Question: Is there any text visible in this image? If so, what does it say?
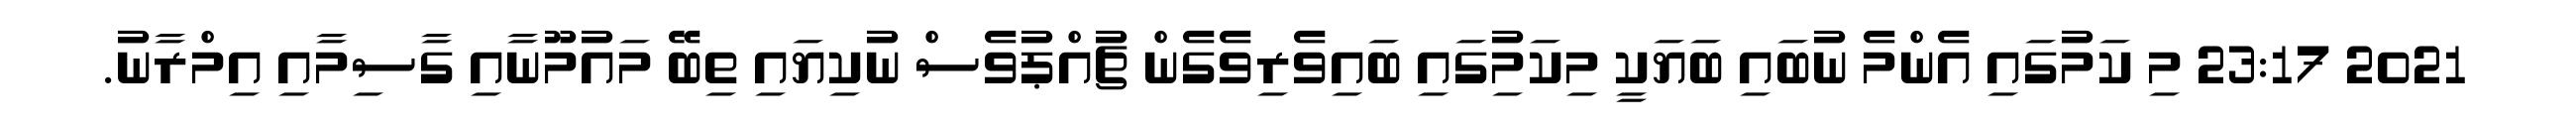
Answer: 2021 23:17 މި ކަމުގައި އެންމެ ނުބައި ބަޔަކީ މިކަމުިގައި ބައިވެރިވެގެން ޗުއްޕުވެސް ނުކިޔައި ތިބޭ މައުމޫނާއި ގާސިމާއި އިމްރާނު.